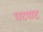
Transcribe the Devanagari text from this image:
घटपाट